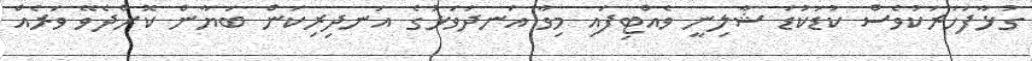
ގުޅާފަހަރަކުވެސް ކުޑަކުޑަ ޝާލިނީ ވެއްޓިފައި މިވާ އަނދަވަޅުގެ އަނދިރިކަން ބަޔާން ކޮށްދެވޭ ވަރެއް